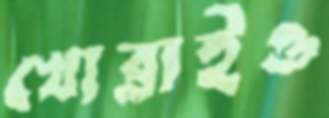
খোব্‌লাইও